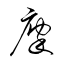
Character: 廩